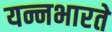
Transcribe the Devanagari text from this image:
यन्नभारते